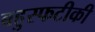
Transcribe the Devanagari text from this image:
बहुस्फटीकी